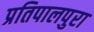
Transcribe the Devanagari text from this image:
प्रतिपालपुरा